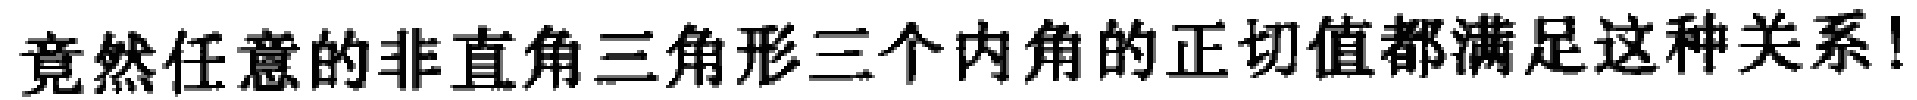
竟然任意的非直角三角形三个内角的正切值都满足这种关系!